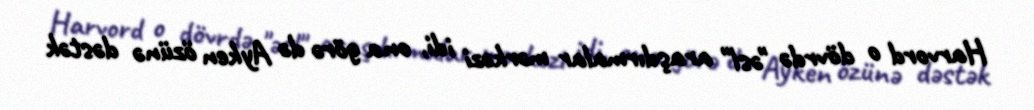
Harvord o dövrdə "əsl" araşdırmalar mərkəzi idi, ona görə də Ayken özünə dəstək